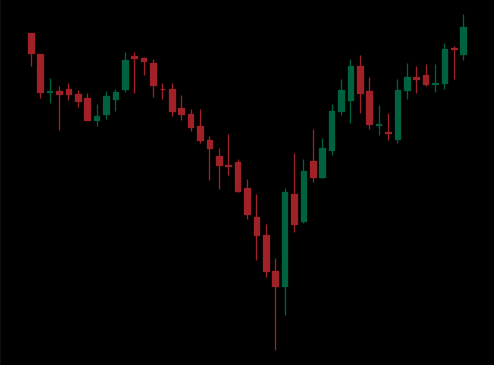
Pattern: inverse_head_shoulders